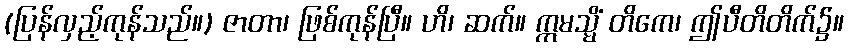
(ပြန်လှည့်ကုန်သည်။) ဇာတာ၊ ဖြစ်ကုန်ပြီ။ ဟိ၊ ဆက်။ ဣမသ္မိံ တိကေ၊ ဤပီတိတိက်၌။